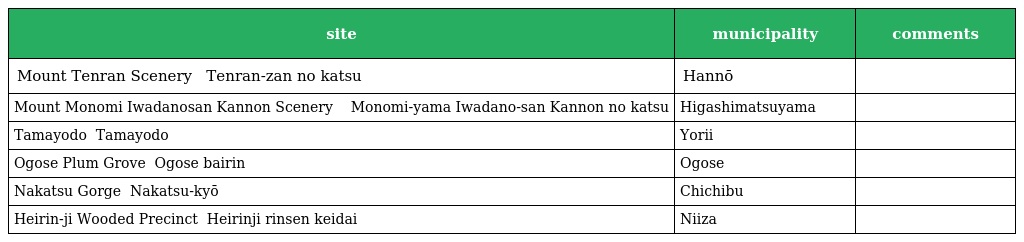
| site | municipality | comments |
 | --- | --- | --- |
 | Mount Tenran Scenery 天覧山 の勝 Tenran-zan no katsu | Hannō |  |
 | Mount Monomi Iwadanosan Kannon Scenery 物見山 岩殿山観音 の勝 Monomi-yama Iwadano-san Kannon no katsu | Higashimatsuyama |  |
 | Tamayodo 玉淀 Tamayodo | Yorii |  |
 | Ogose Plum Grove 越生の梅林 Ogose bairin | Ogose |  |
 | Nakatsu Gorge 中津峡 Nakatsu-kyō | Chichibu |  |
 | Heirin-ji Wooded Precinct 平林寺林泉境内 Heirinji rinsen keidai | Niiza |  |